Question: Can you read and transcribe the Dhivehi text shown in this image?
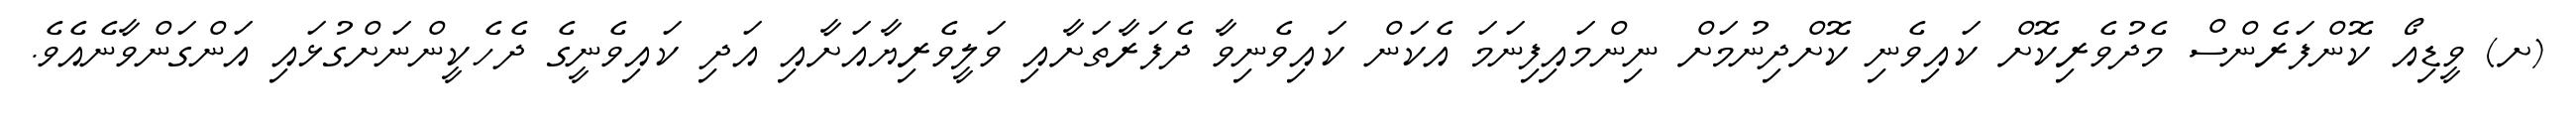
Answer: (ށ) ވީޑިއޯ ކޮންފަރެންސް މެދުވެރިކޮށް ކައިވެނި ކޮށްދިނުމަށް ނިންމައިފިނަމަ އެކަން ކައިވެނިވާ ދެފަރާތަށާއި ވަލީވެރިޔާއަށާއި އަދި ކައިވެނީގެ ދެހެކީންނަށްގުޅައި އަންގަންވާނެއެވެ.